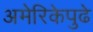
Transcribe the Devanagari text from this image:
अमेरिकेपुढे